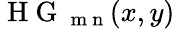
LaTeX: \mathrm{~H~G~}_{\mathrm{~m~n~}}(x,y)